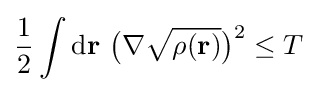
{\frac {1}{2}}\int \mathrm {d} \mathbf {r} \ {\big (}\nabla {\sqrt {\rho (\mathbf {r} )}}{\big )}^{2}\leq T